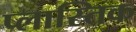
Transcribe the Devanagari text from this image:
प्लास्तिक